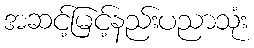
အဆင့်မြင့်နည်းပညာသုံး